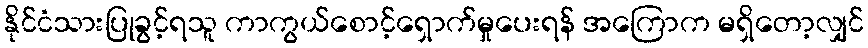
နိုင်ငံသားပြုခွင့်ရသူ ကာကွယ်စောင့်ရှောက်မှုပေးရန် အကြောက မရှိတော့လျှင်